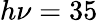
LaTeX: h\nu=35